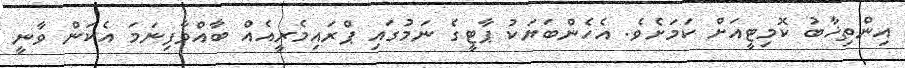
އިންތިޚާބު ކޮމިޓީއަށް ކަމަށެވެ. އެހެންބަޔަކު ޕާޓީގެ ނަމުގައި ޕްރައިމެރީއެއް ބާއްވާފިނަމަ އެކަން ވާނީ